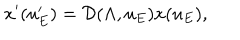
x ^ { \prime } ( u _ { E } ^ { \prime } ) = \mathcal { D } ( \Lambda , u _ { E } ) x ( u _ { E } ) ,